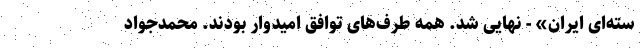
سته‌ای ایران» - نهایی شد. همه طرف‌های توافق امیدوار بودند. محمدجواد